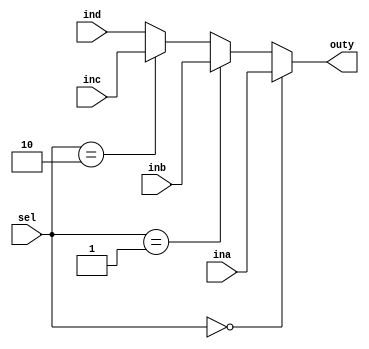
module mux4
#(parameter
	n     = 16//length of original number
)
(
    input [2*n-1 :0] ina,
    input [2*n-1 :0] inb,
    input [2*n-1 :0] inc,
    input [2*n-1 :0] ind,
    input [1:0] sel,	
    output reg [2*n-1 :0] outy
);
    
    always @ (*)
    if (sel == 2'b00) outy = ina;
    else if (sel == 2'b01) outy = inb;
    else if (sel == 2'b10) outy = inc;
    else outy = ind;
    
endmodule